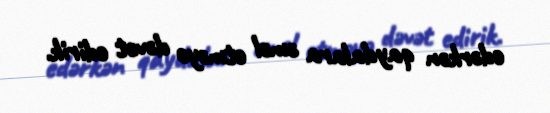
edərkən qaydalara əməl etməyə dəvət edirik.